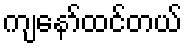
ကျနော်ထင်တယ်